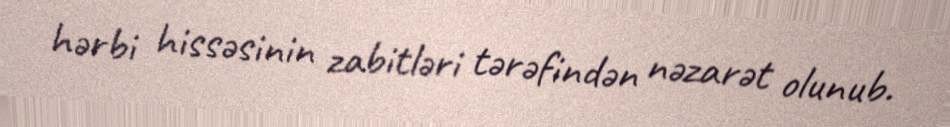
hərbi hissəsinin zabitləri tərəfindən nəzarət olunub.